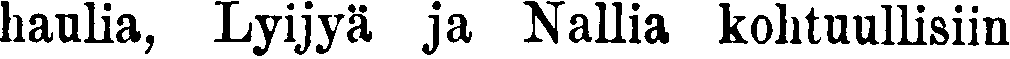
haulia, Lyijyä ja Nallia kohtuullisiin